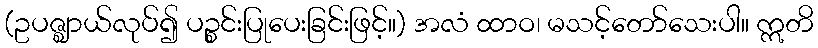
(ဥပဇ္ဈာယ်လုပ်၍ ပဉ္စင်းပြုပေးခြင်းဖြင့်။) အလံ ထာဝ၊ မသင့်တော်သေးပါ။ ဣတိ